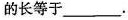
的长等于___.